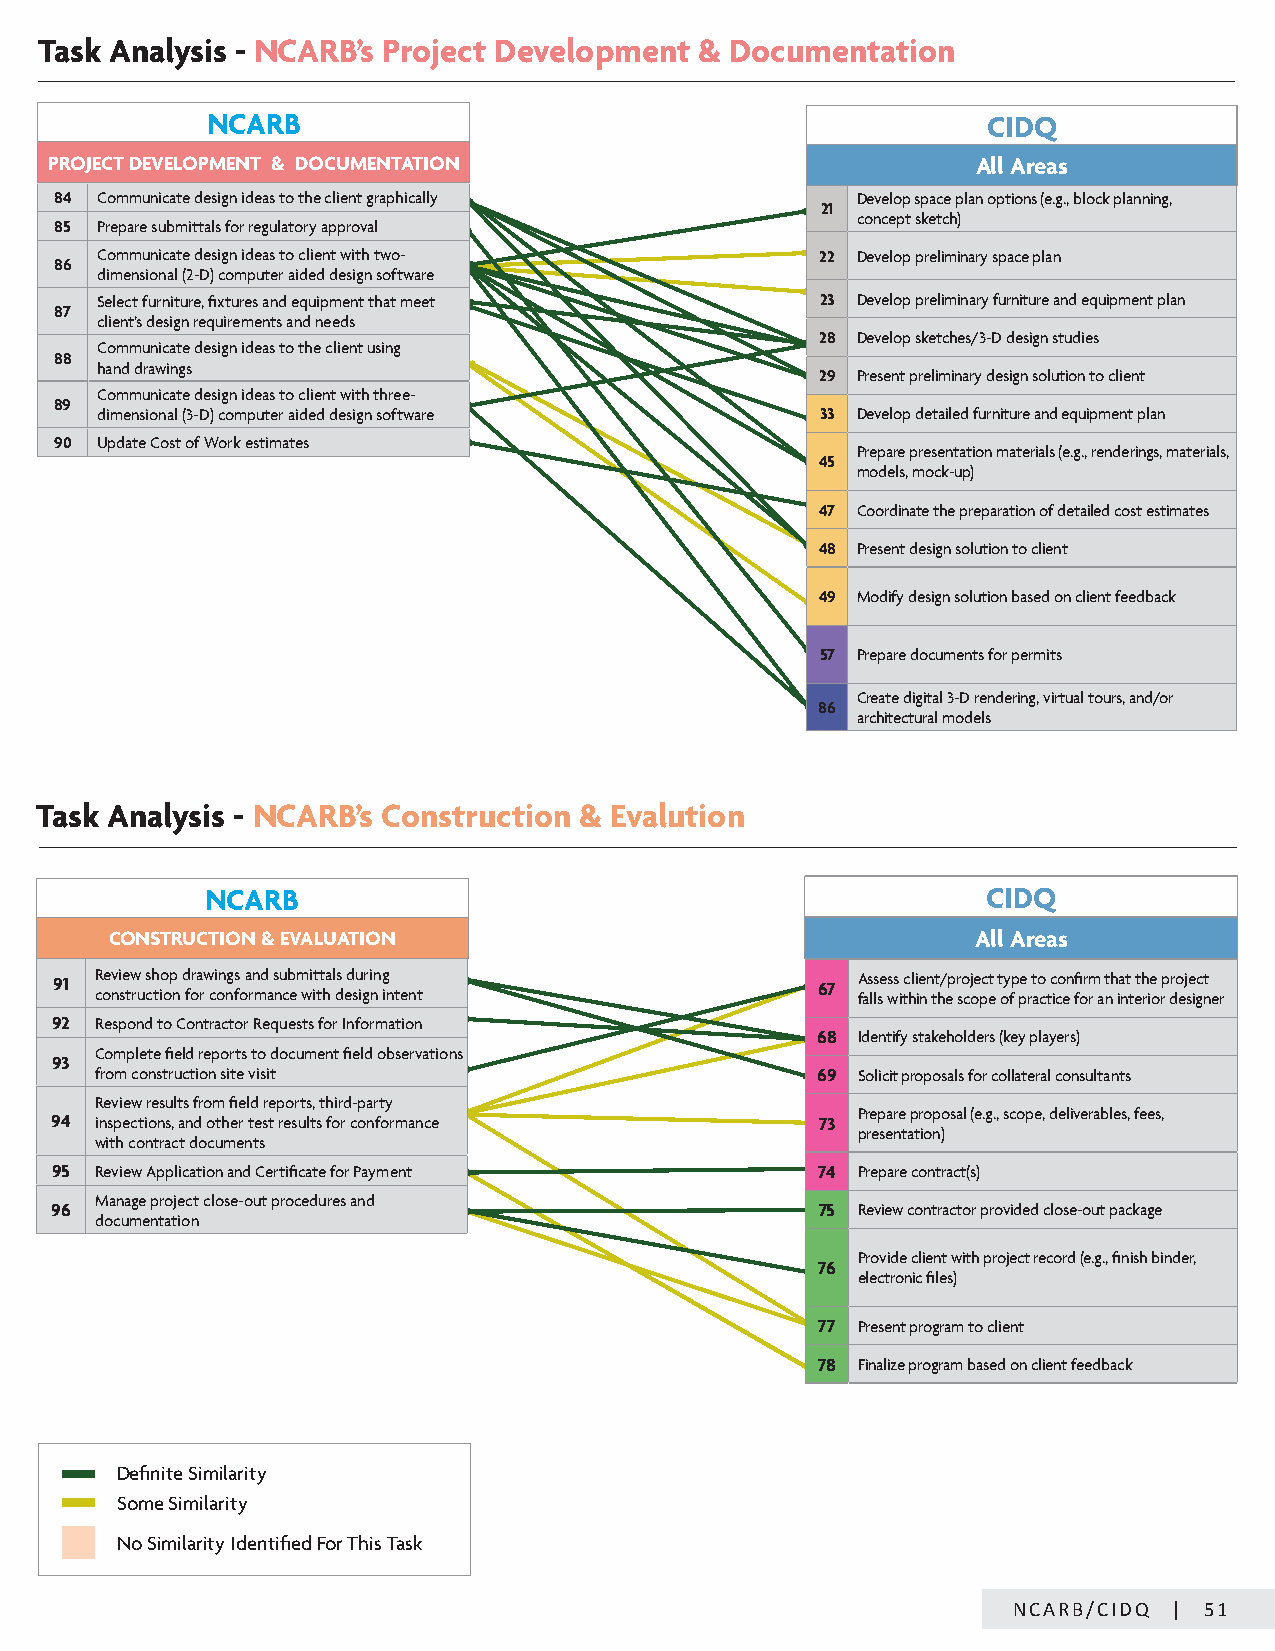
Task Analysis - NCARB’s Project Development & Documentation
 NCARB                                              CIDQ
 PROJECT DEVELOPMENT & DOCUMENTATION                           All Areas
 84 Communicate design ideas to the client graphically Develop space plan options (e.g., block planning,
 21
 concept sketch)
 85 Prepare submittals for regulatory approval
 Communicate design ideas to client with two-    22 Develop preliminary space plan
 86
 dimensional (2-D) computer aided design software
 Select furniture, fixtures and equipment that meet 23 Develop preliminary furniture and equipment plan
 87
 client’s design requirements and needs
 28 Develop sketches/3-D design studies
 Communicate design ideas to the client using
 88
 hand drawings
 29 Present preliminary design solution to client
 Communicate design ideas to client with three-
 89
 dimensional (3-D) computer aided design software 33 Develop detailed furniture and equipment plan
 90 Update Cost of Work estimates
 Prepare presentation materials (e.g., renderings, materials,
 45
 models, mock-up)
 47 Coordinate the preparation of detailed cost estimates
 48 Present design solution to client
 49 Modify design solution based on client feedback
 57 Prepare documents for permits
 Create digital 3-D rendering, virtual tours, and/or
 86
 architectural models
 Task Analysis - NCARB’s Construction & Evalution
 NCARB                                              CIDQ
 CONSTRUCTION & EVALUATION                                 All Areas
 91 R coe nvi se tw ru csh tio op n d fora rw ci on ng fs o a rn md a s nu cb em wi it tt ha l ds ed su igri nn g in tent 67 A fas ls lse wss i tc hli ie nn tt h/ ep r so cj oe pc et t oy fp pe r ato ct c ico en ffi or rm a nth ia nt t eth rie o rp dro ej se igc nt er
 92 Respond to Contractor Requests for Information
 68 Identify stakeholders (key players)
 Complete field reports to document field observations
 93
 from construction site visit                    69 Solicit proposals for collateral consultants
 Review results from field reports, third-party
 Prepare proposal (e.g., scope, deliverables, fees,
 94 inspections, and other test results for conformance 73
 presentation)
 with contract documents
 95 Review Application and Certificate for Payment  74 Prepare contract(s)
 Manage project close-out procedures and
 96                                                 75 Review contractor provided close-out package
 documentation
 Provide client with project record (e.g., finish binder,
 76
 electronic files)
 77 Present program to client
 78 Finalize program based on client feedback
 Definite Similarity
 Some Similarity
 No Similarity Identified For This Task
 NCARB/CIDQ | 51